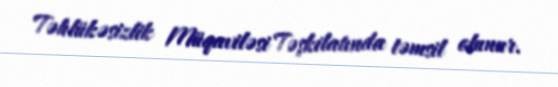
Təhlükəsizlik Müqaviləsi Təşkilatında təmsil olunur.